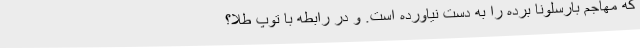
که مهاجم بارسلونا برده را به دست نیاورده است. و در رابطه با توپ طلا؟